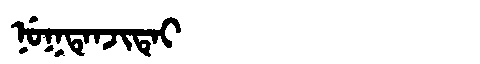
Manchu: ᠨᡠᡴᡨᡝᠨᠵᡳᡨᡝᡳ
Romanization: NUKTENJITEI